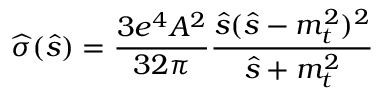
\widehat { \sigma } ( \widehat { s } ) = \frac { 3 e ^ { 4 } A ^ { 2 } } { 3 2 \pi } \frac { \widehat { s } ( \widehat { s } - m _ { t } ^ { 2 } ) ^ { 2 } } { \widehat { s } + m _ { t } ^ { 2 } }